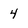
Character: 4